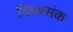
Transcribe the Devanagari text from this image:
विध्वसंक